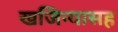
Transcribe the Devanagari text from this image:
खजिन्यासह